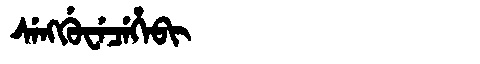
Manchu: ᠰᡝᠩᡤᡠᠸᡝᠴᡝᡥᡝᠪᡳ
Romanization: SENGGUWECEHEBI